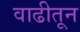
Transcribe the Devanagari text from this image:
वाढीतून